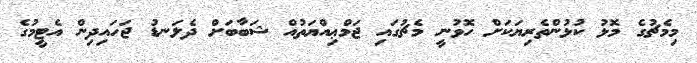
މިމެޗުގެ މޮޅު ކުޅުންތެރިޔަކަށް ހޮވުނީ މެޗުގައި ޖަމްޢިއްޔަތުއް ޝަބާބަށް ދެލަނޑު ޖަހައިދިން އެޓީމުގެ